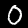
Digit: 0